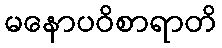
မနောပဝိစာရာတိ